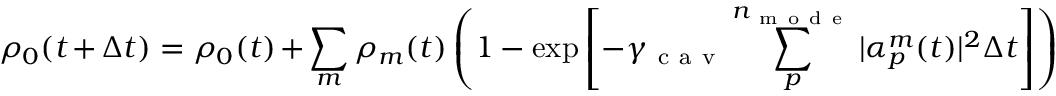
\rho _ { 0 } ( t + \Delta t ) = \rho _ { 0 } ( t ) + \sum _ { m } \rho _ { m } ( t ) \left( 1 - \exp \left[ - \gamma _ { \mathrm { ~ c ~ a ~ v ~ } } \sum _ { p } ^ { n _ { \mathrm { ~ m ~ o ~ d ~ e ~ } } } | \alpha _ { p } ^ { m } ( t ) | ^ { 2 } \Delta t \right] \right)